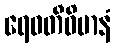
ရေဝတီဝိမာနံ